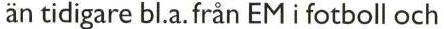
än tidigare bl.a. från EM i fotboll och